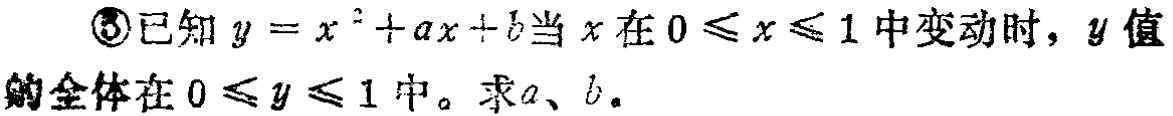
\textcircled{3}已知\(y = x^{2}+ax + b\)当\(x\)在\(0\leqslant x\leqslant1\)中变动时，\(y\)值的全体在\(0\leqslant y\leqslant1\)中。求\(a\)、\(b\)。